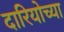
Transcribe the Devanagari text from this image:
दारियोच्या